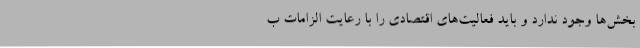
بخش‌ها وجود ندارد و باید فعالیت‌های اقتصادی را با رعایت الزامات ب